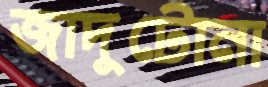
জাদুটোনা